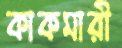
কাকমারী